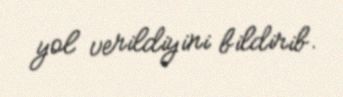
yol verildiyini bildirib.